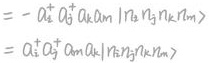
$= - a_{k}^{\dagger} a_{l}^{\dagger} a_{m} a_{n} | \gamma_{k} \gamma_{l} \gamma_{m} \gamma_{n} \rangle = a_{k}^{\dagger} a_{l}^{\dagger} a_{m} a_{n} | \gamma_{k} \gamma_{l} \gamma_{m} \gamma_{n} \rangle$